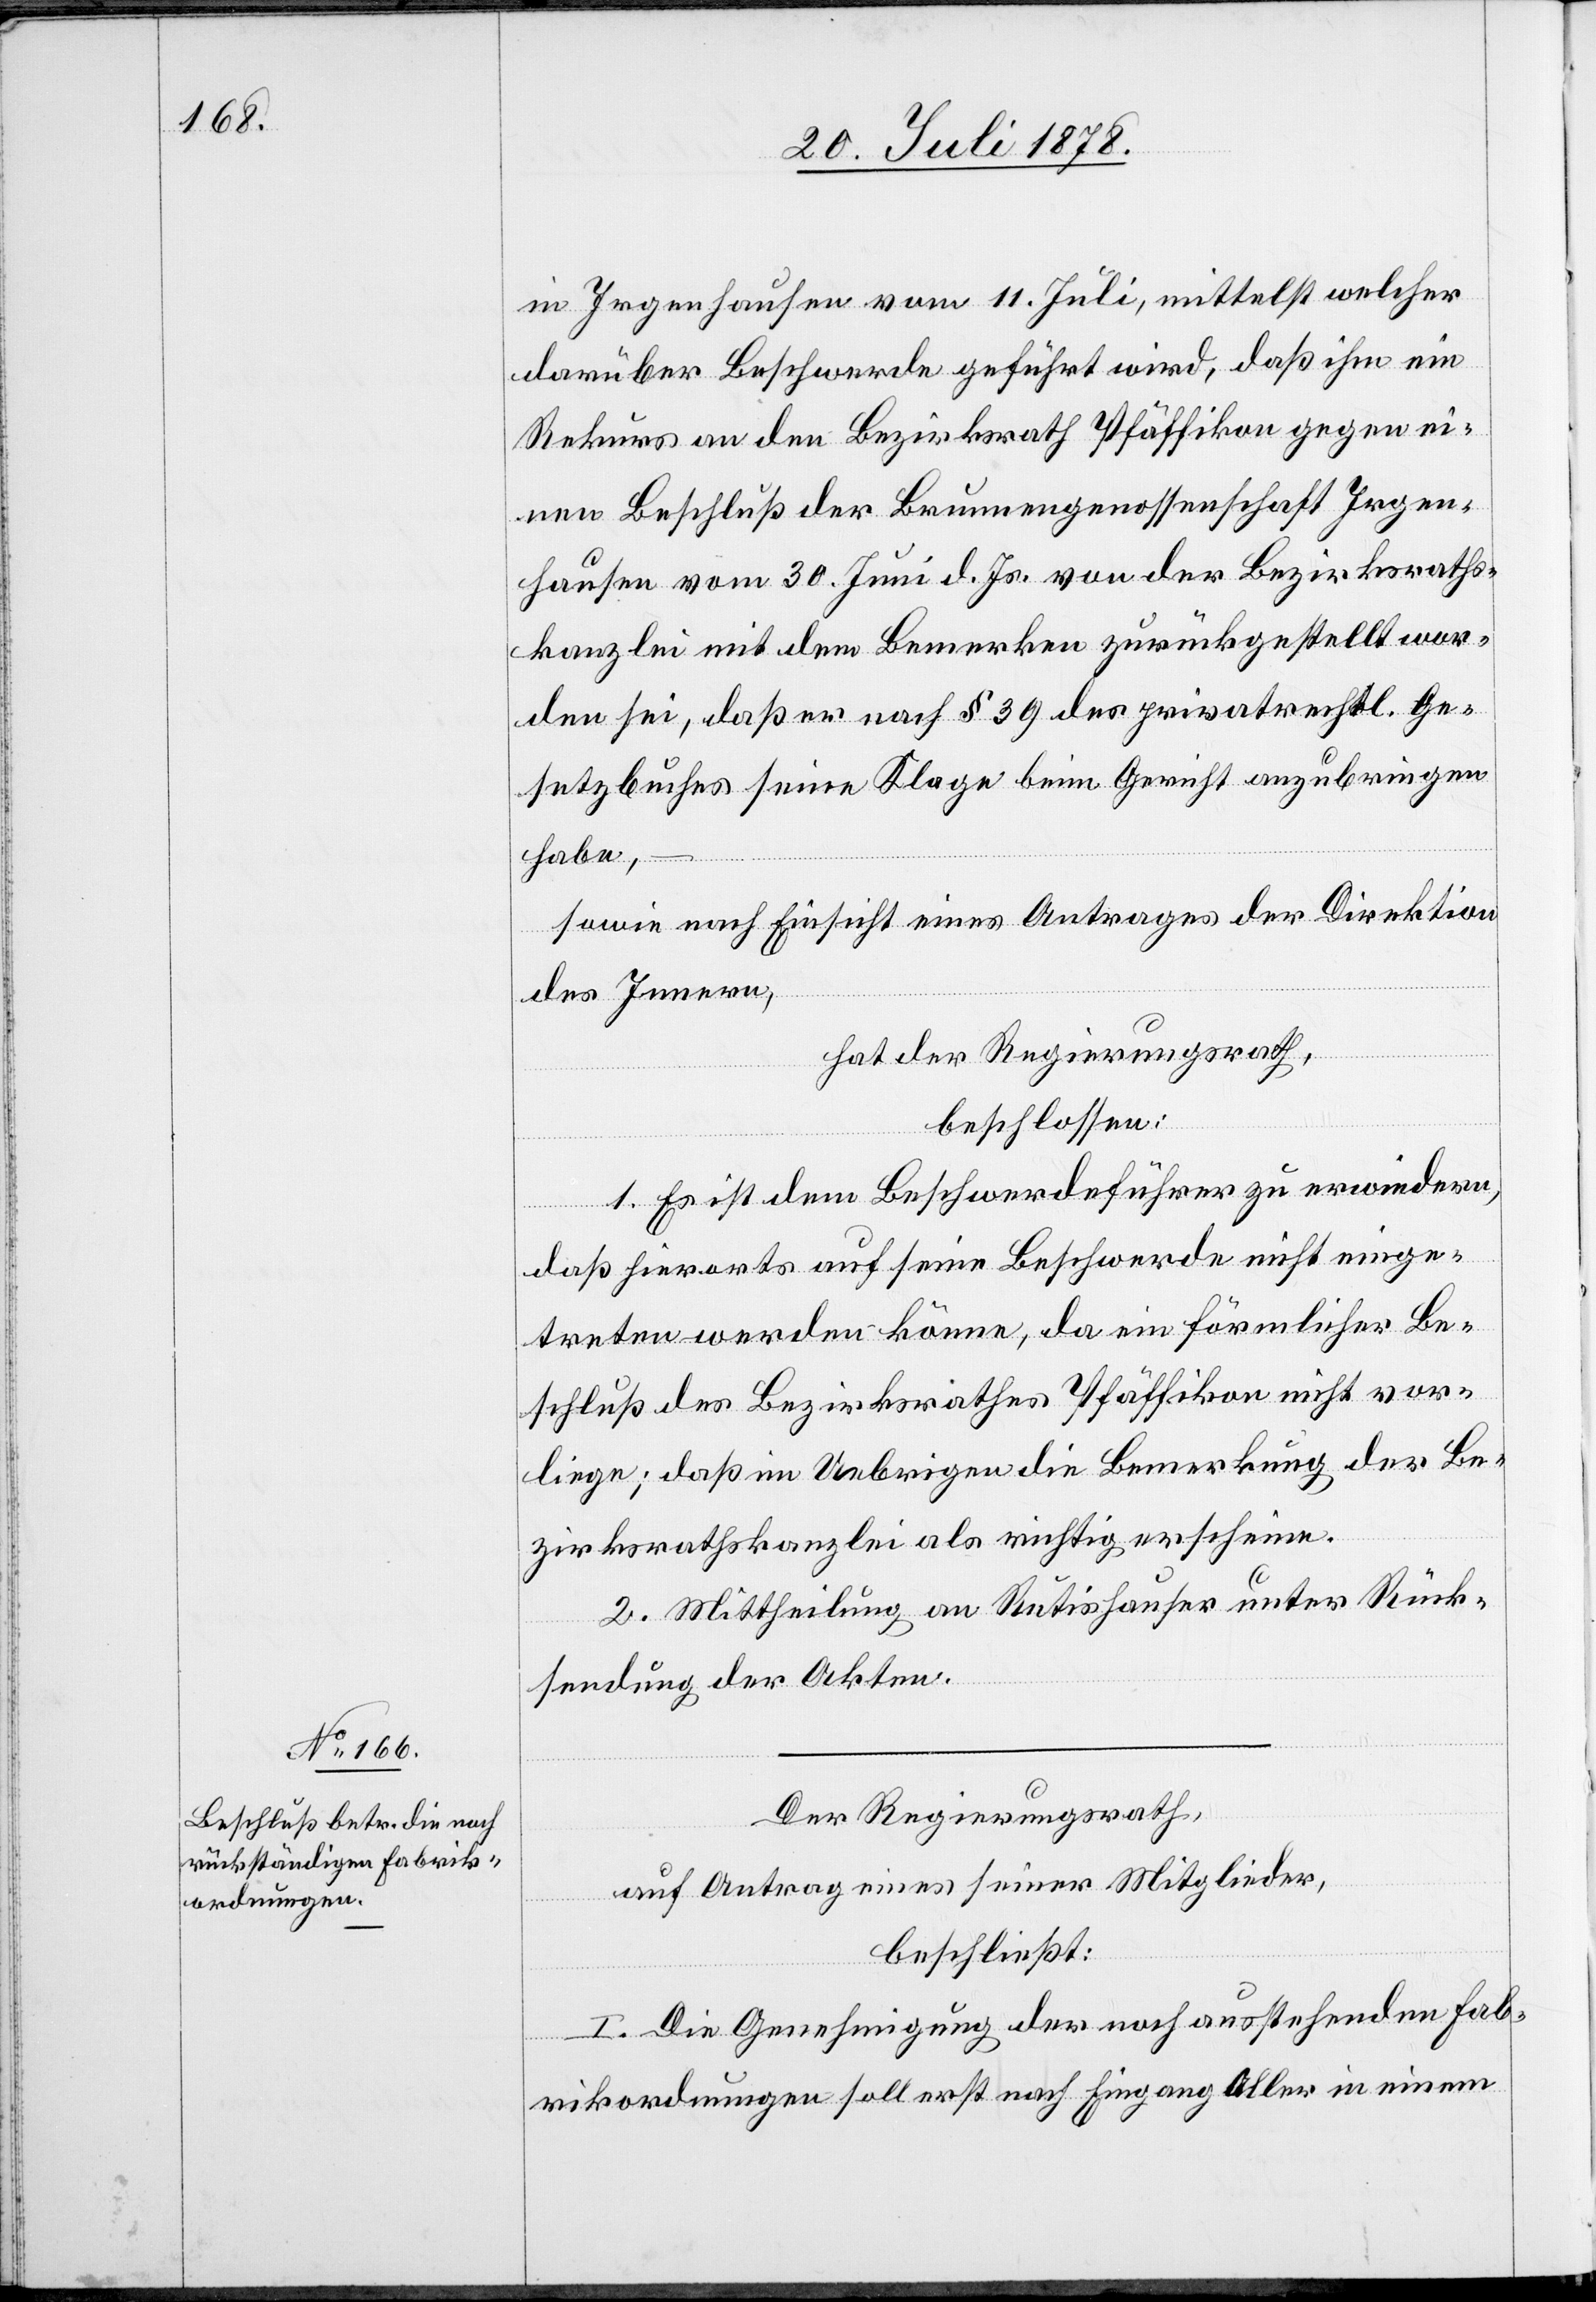
in Irgenhausen vom 11. Juli, mittelst welcher
darüber Beschwerde geführt wird, daß ihm ein
Rekurs an den Bezirksrath Pfäffikon gegen ei¬
nen Beschluß der Brunnengenossenschaft Irgen¬
hausen vom 30. Juni d. Js. von der Bezirksraths¬
kanzlei mit dem Bemerken zurückgestellt wor¬
den sei, daß er nach § 39 des privatrechtl. Ge¬
setzbuches seine Klage beim Gericht anzubringen
habe,
sowie nach Einsicht eines Antrages der Direktion
des Innern,
hat der Regierungsrath,
beschlossen:
1. Es ist dem Beschwerdeführer zu erwiedern,
daß hierorts auf seine Beschwerde nicht einge¬
treten werden könne, da ein förmlicher Be¬
schluß des Bezirksrathes Pfäffikon nicht vor¬
liege; daß im Uebrigen die Bemerkung des Be¬
zirksrathskanzlei als richtig erscheine.
2. Mittheilung an Rutishauser unter Rück¬
sendung der Akten.
Der Regierungsrath,
auf Antrag eines seiner Mitglieder,
beschließt:
I. Die Genehmigung der noch ausstehenden Fab¬
rikordnungen soll erst nach Eingang Aller in einem